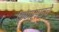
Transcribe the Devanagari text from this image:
फणसाडचे